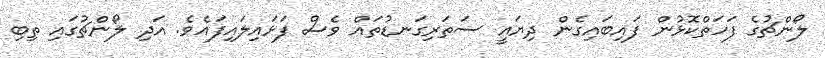
ލޯންޗުގެ ފަަހަތްކޮޅުން ފައިބައިގެން ދިޔައީ ސަތަރިގަނޑުތައް ވެސް ފަޅައިލައިފައެވެ. އަދި ލޯންޗުގައި ތިބި